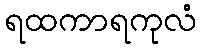
ရထကာရကုလံ